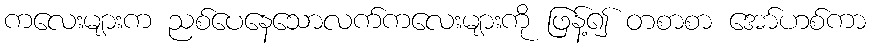
ကလေးများက ညစ်ပေနေသောလက်ကလေးများကို ဖြန့်၍ တစာစာ အော်ဟစ်ကာ